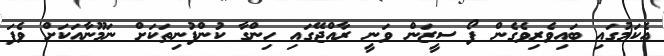
އެކަމުގައި ބައިވެރިވެގެން ފޯ ސީޒަން ވަނީ ރާއްޖޭގައި ހިންގާ ކުންފުނިތަކަށް ނަމޫނާއަކަށް ވެފަ